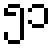
၅၁